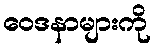
ဝေဒနာများကို